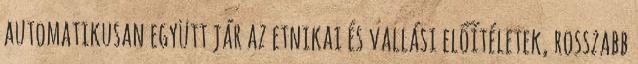
automatikusan együtt jár az etnikai és vallási előítéletek, rosszabb